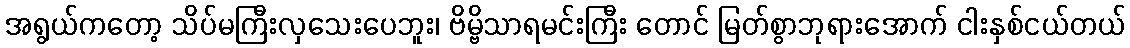
အရွယ်ကတော့ သိပ်မကြီးလှသေးပေဘူး၊ ဗိမ္ဗိသာရမင်းကြီး တောင် မြတ်စွာဘုရားအောက် ငါးနှစ်ငယ်တယ်